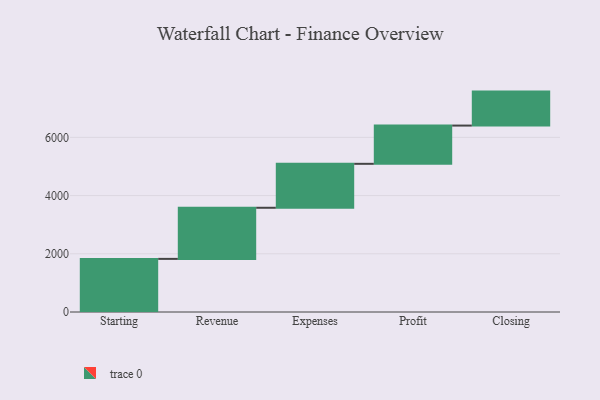
{"axis": {"x": "Step", "y": "Value"}, "legend": [""], "data": [{"x": "Starting", "y": 1825.0, "type": ""}, {"x": "Revenue", "y": 1756.0, "type": ""}, {"x": "Expenses", "y": 1510.0, "type": ""}, {"x": "Profit", "y": 1314.0, "type": ""}, {"x": "Closing", "y": 1167.0, "type": ""}]}